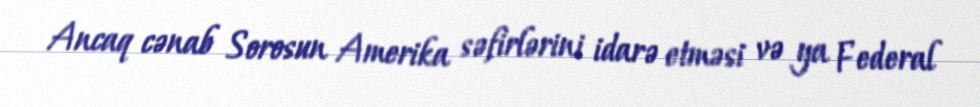
Ancaq cənab Sorosun Amerika səfirlərini idarə etməsi və ya Federal